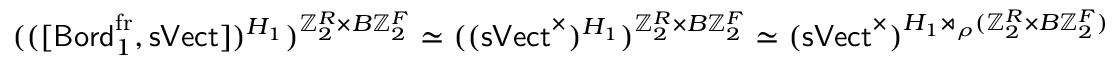
\begin{array} { r } { ( ( [ { \mathsf { B o r d } } _ { 1 } ^ { \operatorname { f r } } , { \mathsf { s V e c t } } ] ) ^ { H _ { 1 } } ) ^ { \mathbb { Z } _ { 2 } ^ { R } \times B \mathbb { Z } _ { 2 } ^ { F } } \simeq ( ( { \mathsf { s V e c t } } ^ { \times } ) ^ { H _ { 1 } } ) ^ { \mathbb { Z } _ { 2 } ^ { R } \times B \mathbb { Z } _ { 2 } ^ { F } } \simeq ( { \mathsf { s V e c t } } ^ { \times } ) ^ { { H _ { 1 } } \rtimes _ { \rho } ( \mathbb { Z } _ { 2 } ^ { R } \times B \mathbb { Z } _ { 2 } ^ { F } ) } } \end{array}